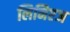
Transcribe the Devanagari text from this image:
लिनिएज